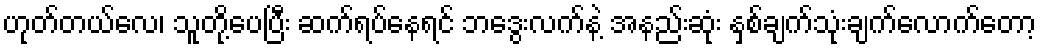
ဟုတ်တယ်လေ၊ သူတို့ပေပြီး ဆက်ရပ်နေရင် ဘဒွေးလက်နဲ့ အနည်းဆုံး နှစ်ချက်သုံးချက်လောက်တော့